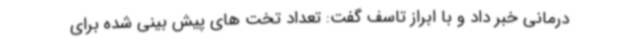
درمانی خبر داد و با ابراز تاسف گفت: تعداد تخت های پیش بینی شده برای